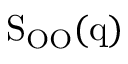
\mathrm { S _ { O O } ( q ) }